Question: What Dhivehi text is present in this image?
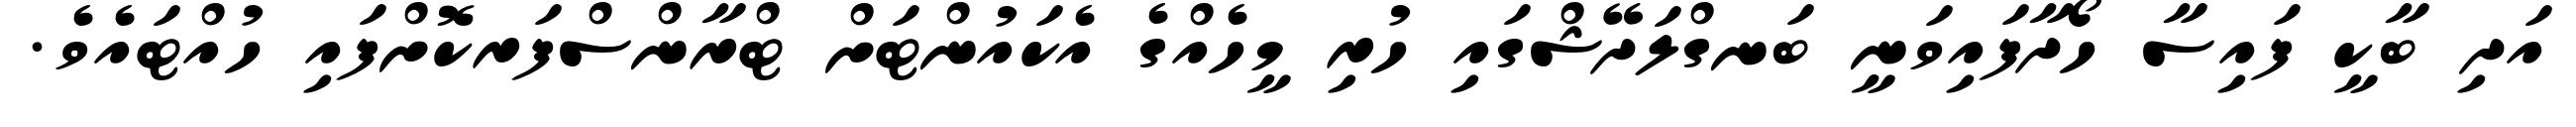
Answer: އަދި ބާކީ ފައިސާ ހޯދާފައިވަނީ ބަނގްލަދޭޝްގައި ހުރި މީހެއްގެ އެކައުންޓަށް ޓްރާންސްފަރކޮށްފައި ހުއްޓައެވެ.